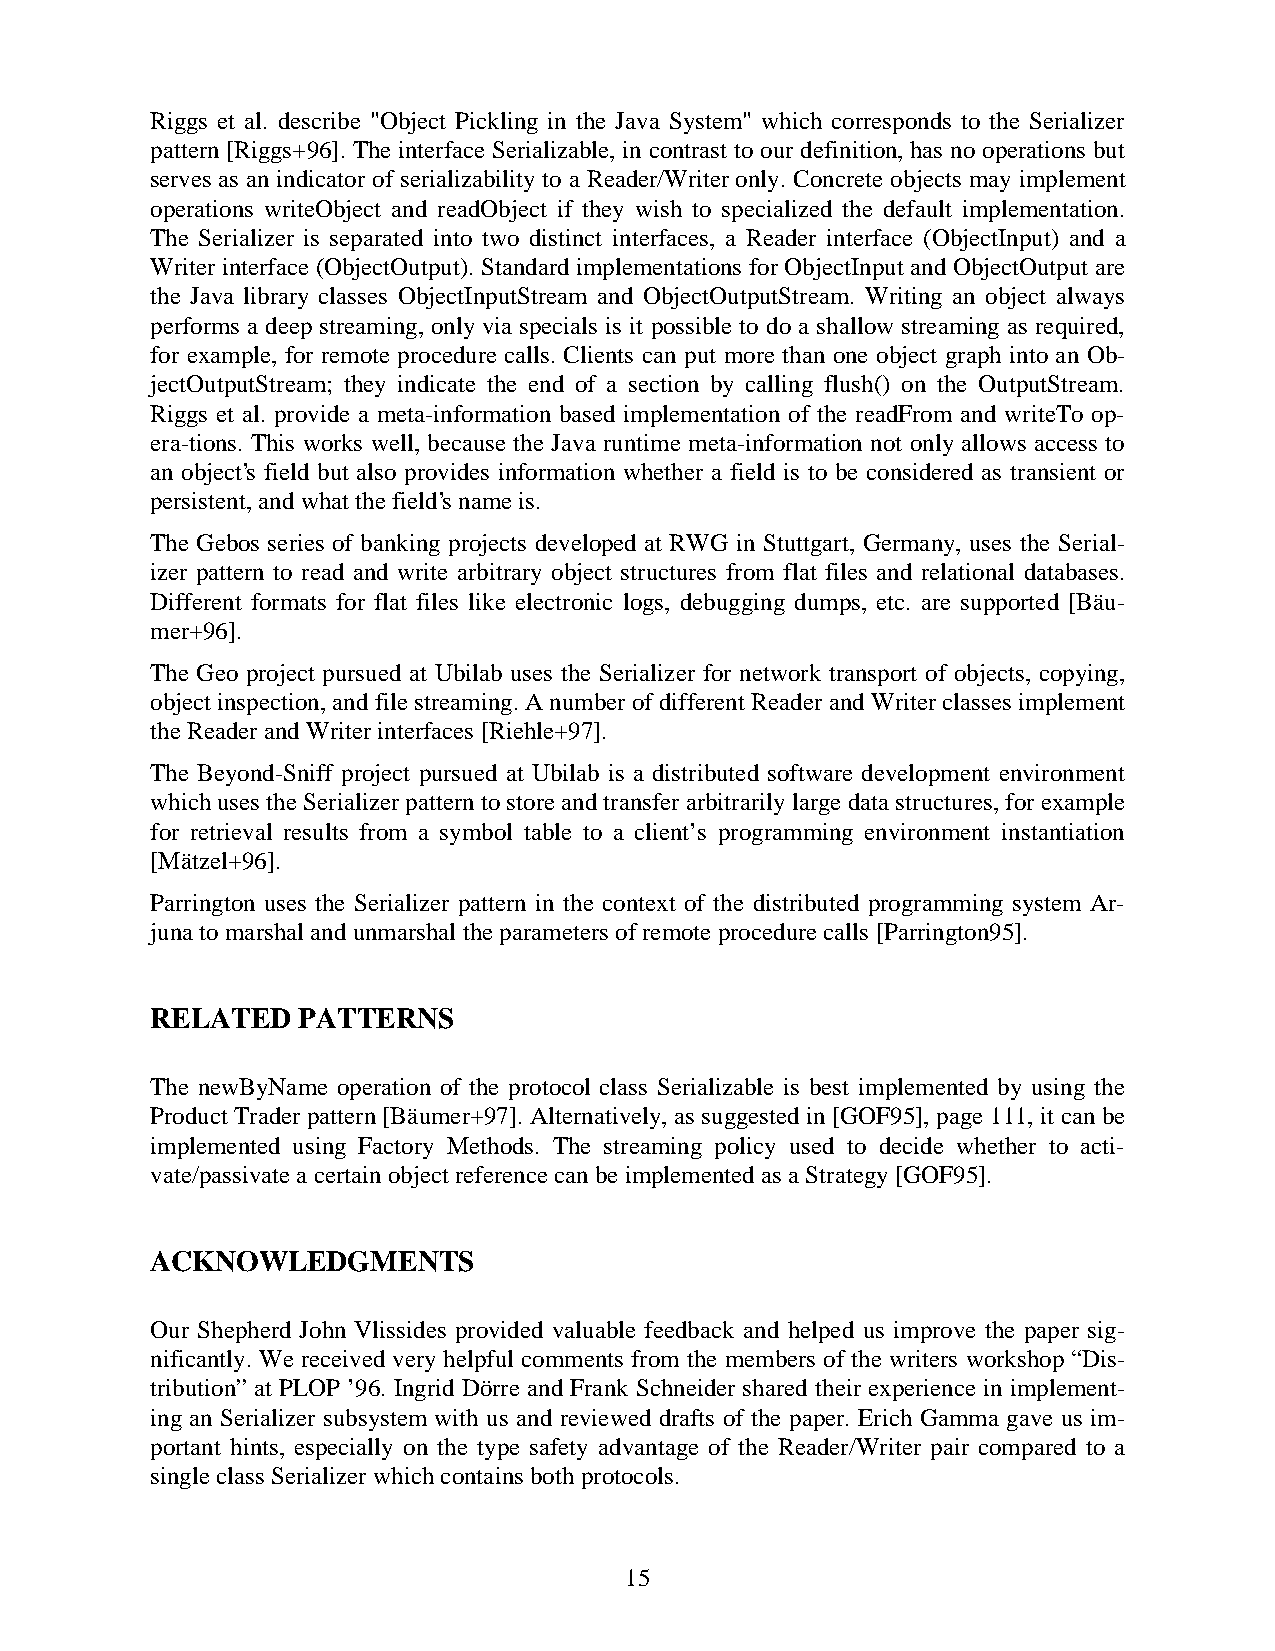
Riggs et al. describe "Object Pickling in the Java System" which corresponds to the Serializer
 pattern [Riggs+96]. The interface Serializable, in contrast to our definition, has no operations but
 serves as an indicator of serializability to a Reader/Writer only. Concrete objects may implement
 operations writeObject and readObject if they wish to specialized the default implementation.
 The Serializer is separated into two distinct interfaces, a Reader interface (ObjectInput) and a
 Writer interface (ObjectOutput). Standard implementations for ObjectInput and ObjectOutput are
 the Java library classes ObjectInputStream and ObjectOutputStream. Writing an object always
 performs a deep streaming, only via specials is it possible to do a shallow streaming as required,
 for example, for remote procedure calls. Clients can put more than one object graph into an Ob-
 jectOutputStream; they indicate the end of a section by calling flush() on the OutputStream.
 Riggs et al. provide a meta-information based implementation of the readFrom and writeTo op-
 era-tions. This works well, because the Java runtime meta-information not only allows access to
 an object’s field but also provides information whether a field is to be considered as transient or
 persistent, and what the field’s name is.
 The Gebos series of banking projects developed at RWG in Stuttgart, Germany, uses the Serial-
 izer pattern to read and write arbitrary object structures from flat files and relational databases.
 Different formats for flat files like electronic logs, debugging dumps, etc. are supported [Bäu-
 mer+96].
 The Geo project pursued at Ubilab uses the Serializer for network transport of objects, copying,
 object inspection, and file streaming. A number of different Reader and Writer classes implement
 the Reader and Writer interfaces [Riehle+97].
 The Beyond-Sniff project pursued at Ubilab is a distributed software development environment
 which uses the Serializer pattern to store and transfer arbitrarily large data structures, for example
 for retrieval results from a symbol table to a client’s programming environment instantiation
 [Mätzel+96].
 Parrington uses the Serializer pattern in the context of the distributed programming system Ar-
 juna to marshal and unmarshal the parameters of remote procedure calls [Parrington95].
 RELATED   PATTERNS
 The newByName operation of the protocol class Serializable is best implemented by using the
 Product Trader pattern [Bäumer+97]. Alternatively, as suggested in [GOF95], page 111, it can be
 implemented using Factory Methods. The streaming policy used to decide whether to acti-
 vate/passivate a certain object reference can be implemented as a Strategy [GOF95].
 ACKNOWLEDGMENTS
 Our Shepherd John Vlissides provided valuable feedback and helped us improve the paper sig-
 nificantly. We received very helpful comments from the members of the writers workshop “Dis-
 tribution” at PLOP ’96. Ingrid Dörre and Frank Schneider shared their experience in implement-
 ing an Serializer subsystem with us and reviewed drafts of the paper. Erich Gamma gave us im-
 portant hints, especially on the type safety advantage of the Reader/Writer pair compared to a
 single class Serializer which contains both protocols.
 15